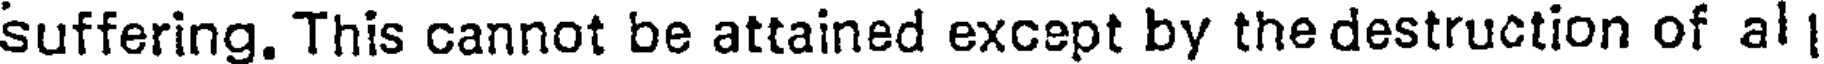
suffering. This cannot be attained except by the destruction of al